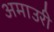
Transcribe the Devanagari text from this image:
अमाउरी